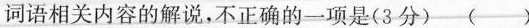
词语相关内容的解说，不正确的一项是（3分） （）